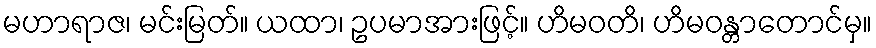
မဟာရာဇ၊ မင်းမြတ်။ ယထာ၊ ဥပမာအားဖြင့်။ ဟိမဝတိ၊ ဟိမဝန္တာတောင်မှ။